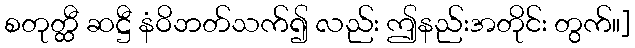
စတုတ္ထီ ဆဋ္ဌီ နံဝိဘတ်သက်၍ လည်း ဤနည်းအတိုင်း တွက်။]